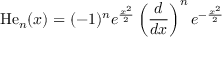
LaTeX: \mathrm { H e } _ { n } ( x ) = ( - 1 ) ^ { n } e ^ { \frac { x ^ { 2 } } { 2 } } \left( { \frac { d } { d x } } \right) ^ { n } e ^ { - { \frac { x ^ { 2 } } { 2 } } }